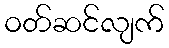
ဝတ်ဆင်လျက်